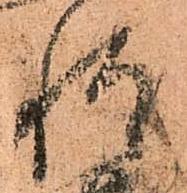
惶